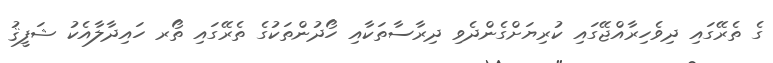
ގެ ތެރޭގައި ދިވެހިރާއްޖޭގައި ކުރިޔަށްގެންދެވި ދިރާސާތަކާއި ހޯދުންތަކުގެ ތެރޭގައި ތޯރ ހައިދާލާއެކު ޝަފީޤު